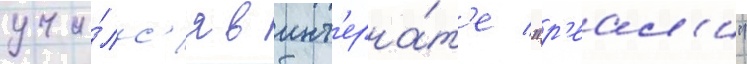
учи́лс'я в инт'ерна́т'е "р'еал'и"